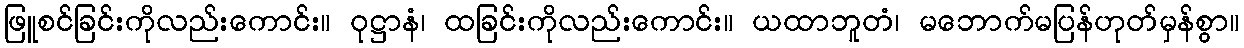
ဖြူစင်ခြင်းကိုလည်းကောင်း။ ဝုဋ္ဌာနံ၊ ထခြင်းကိုလည်းကောင်း။ ယထာဘူတံ၊ မဘောက်မပြန်ဟုတ်မှန်စွာ။